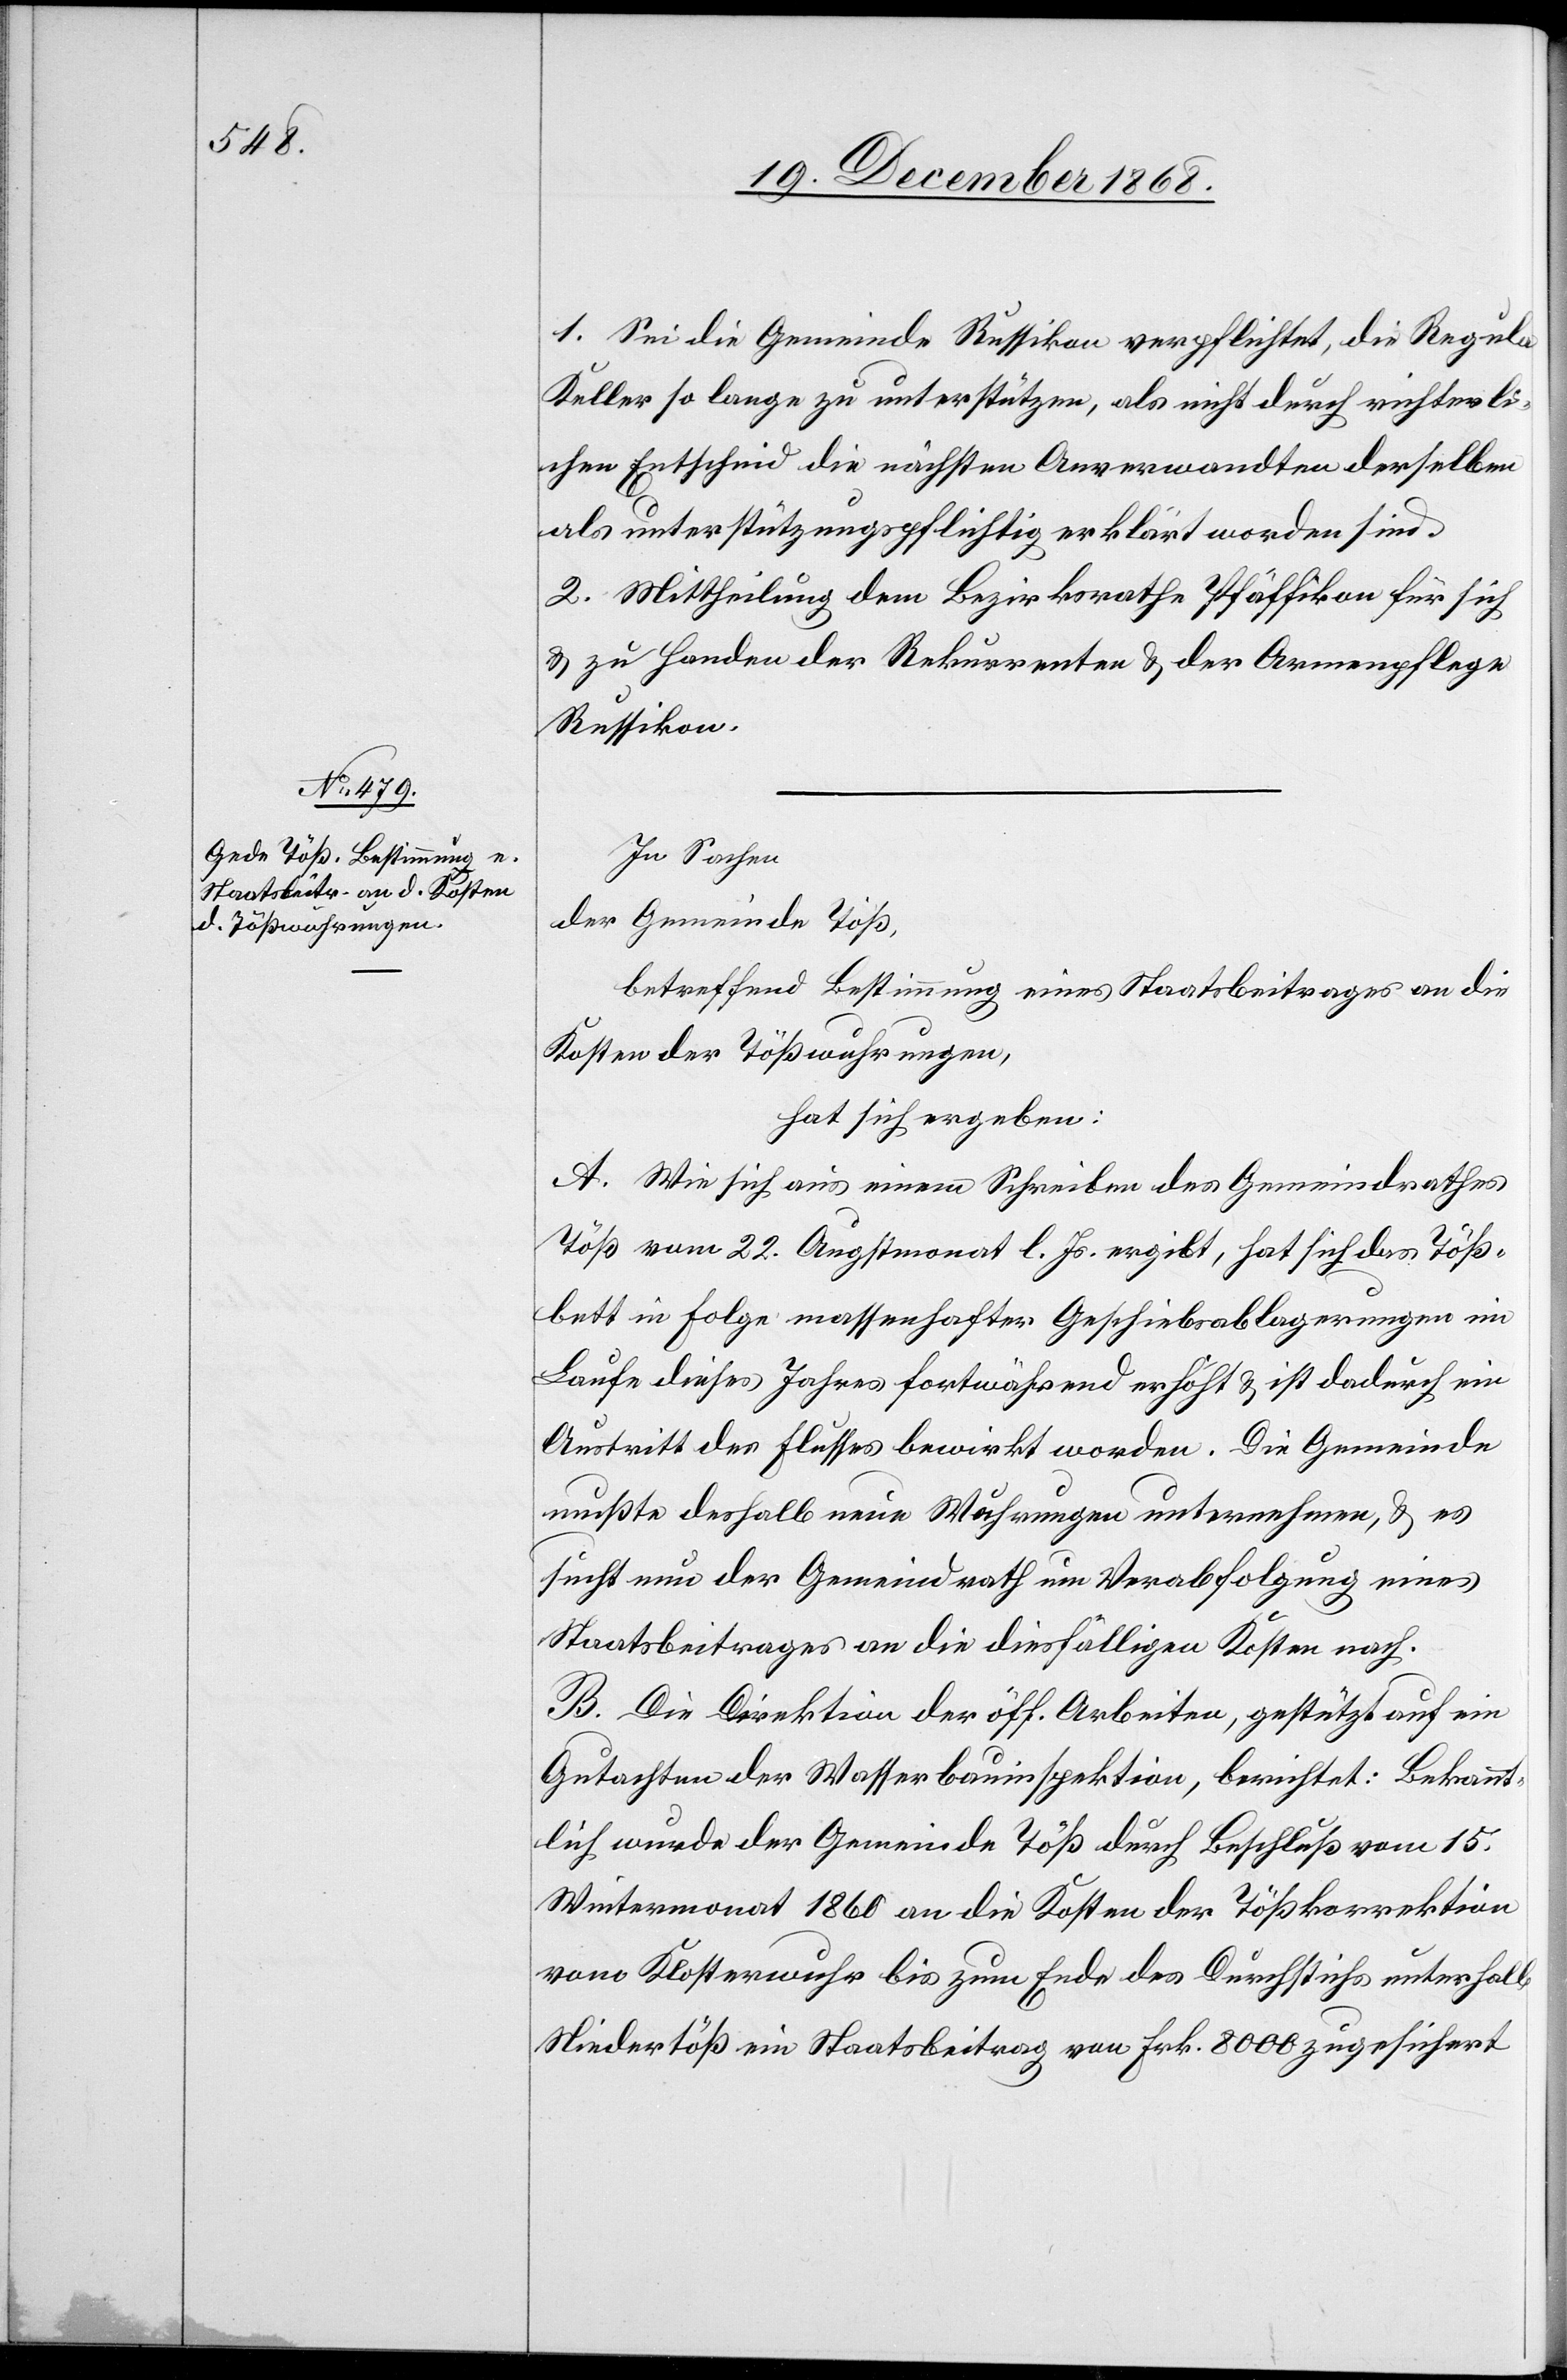
1. Sei die Gemeinde Russikon verpflichtet, die Regula
Keller so lange zu unterstützen, als nicht durch richterli¬
chen Entscheid die nächsten Anverwandten derselben
als unterstützungspflichtig erklärt worden sind.
2. Mittheilung dem Bezirksrathe Pfäffikon für sich
& zu Handen der Rekurrenten & der Armenpflege
Russikon.
In Sachen
der Gemeinde Töß,
betreffend Bestimmung eines Staatsbeitrages an die
Kosten der Tößwuhrungen,
hat sich ergeben:
A. Wie sich aus einem Schreiben des Gemeindrathes
Töß vom 22. Augstmonat l. Js. ergibt, hat sich das Töß¬
bett in Folge massenhafter Geschiebsablagerungen im
Laufe dieses Jahres fortwährend erhöht & ist dadurch ein
Austritt des Flusses bewirkt worden. Die Gemeinde
mußte deshalb neue Wuhrungen unternehmen, & es
sucht nun der Gemeindrath um Verabfolgung eines
Staatsbeitrages an die diesfälligen Kosten nach.
B. Die Direktion der öff. Arbeiten, gestützt auf ein
Gutachten der Wasserbauinspektion, berichtet: Bekannt¬
lich wurde der Gemeinde Töß durch Beschluß vom 15.
Wintermonat 1860 an die Kosten der Tößkorrektion
vom Klosterwuhr bis zum Ende des Durchstichs unterhalb
Niedertöß ein Staatsbeitrag von Frk. 8000 zugesichert